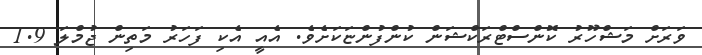
ވަރަށް މަޝްހޫރު ކޮންސްޓްރަކްޝަން ކުންފުންޏަކަށެވެ. އެއީ އެކި ފަހަރު މަތިން ޖުމްލަ 1.9